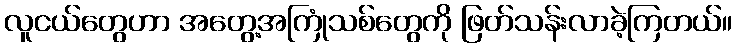
လူငယ်တွေဟာ အတွေ့အကြုံသစ်တွေကို ဖြတ်သန်းလာခဲ့ကြတယ်။